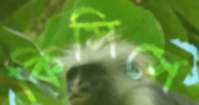
কিসিসে